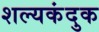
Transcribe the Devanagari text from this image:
शल्यकंदुक